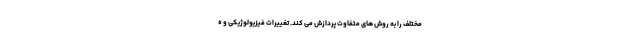
مختلف را به روش های متفاوت پردازش می کند. تغییرات فیزیولوژیکی و ه